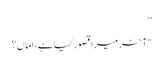
”
“آخر میرا قصور کیا ہے، اماں؟